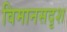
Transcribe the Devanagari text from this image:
विमानसदृश